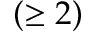
( \geq 2 )